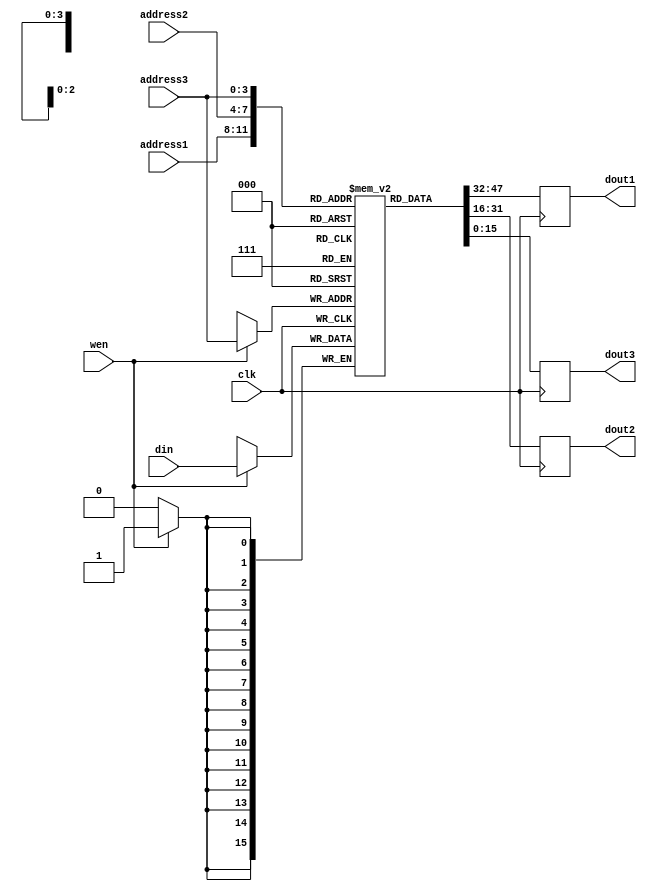
module registers (dout1, dout2, dout3, din, address1, address2, address3, wen, clk);

output reg [15:0] dout1, dout2, dout3;
input [15:0] din;
input [3:0] address1, address2, address3;
input wen, clk;
reg [15:0] register [0:15];

 
initial
begin
	//registers are initialized, might be a different approach for this but here we have used it. Assuming that the method for populating register does not matter
	register[4'b0000] <= 16'h0;
	register[4'b0001] <= 16'h09e4;
	register[4'b0010] <= 16'hc61b;
	register[4'b0011] <= 16'hff49;
	register[4'b0100] <= 16'h756e;
	register[4'b0101] <= 16'h0014;
	register[4'b0110] <= 16'h0032;
	register[4'b0111] <= 16'hb7a1;
	register[4'b1000] <= 16'hff49;
	register[4'b1001] <= 16'h5878;
	register[4'b1010] <= 16'h08eb;
	register[4'b1011] <= 16'hca09;
	register[4'b1100] <= 16'ha24b;
	register[4'b1101] <= 16'h8aa9;
	register[4'b1110] <= 16'h2ab2;
	register[4'b1111] <= 16'h7814;
end
 
always @(negedge clk)
begin
	#1 //this delay is introduced such that write can happen before reading the registers and the written value can be shown in the same cycle. practically not required.
	//just for display convenience 
	dout1 = register[address1];
	dout2 = register[address2];
	dout3 = register[address3];
end

always @(negedge clk)
begin
	if(wen)
		register[address3] = din;
end

endmodule